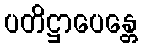
ပတိဋ္ဌာပေန္တေ